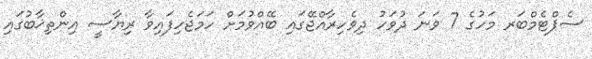
ސެޕްޓެމްބަރ މަހުގެ 7 ވަނަ ދުވަހު ދިވެހިރާއްޖޭގައި ބޭއްވުމަށް ހަމަޖެހިފައިވާ ރިޔާސީ އިންތިޚާބުގައި